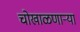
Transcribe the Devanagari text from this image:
चोखाळणाऱ्या